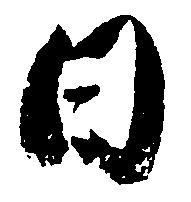
日